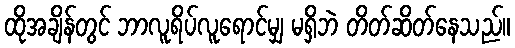
ထိုအချိန်တွင် ဘာလူရိပ်လူရောင်မျှ မရှိဘဲ တိတ်ဆိတ်နေသည်။